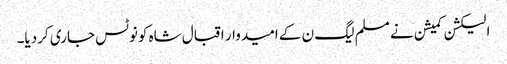
الیکشن کمیشن نے مسلم لیگ ن کے امیدوار اقبال شاہ کونوٹس جاری کردیا۔